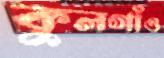
কুলগাঁও